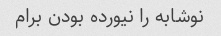
نوشابه را نیورده بودن برام